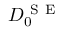
D _ { 0 } ^ { \mathrm { ~ S ~ E ~ } }